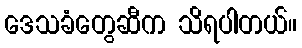
ဒေသခံတွေဆီက သိရပါတယ်။